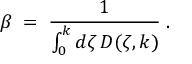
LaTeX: \beta \; = \; { \frac { 1 } { \int _ { 0 } ^ { k } d \zeta \, D ( \zeta , k ) } } \; .